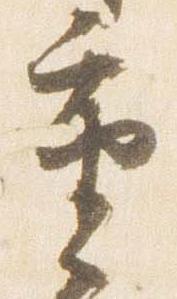
重